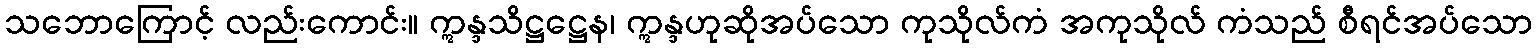
သဘောကြောင့် လည်းကောင်း။ ဣန္ဒသိဋ္ဌဋ္ဌေန၊ ဣန္ဒဟုဆိုအပ်သော ကုသိုလ်ကံ အကုသိုလ် ကံသည် စီရင်အပ်သော